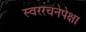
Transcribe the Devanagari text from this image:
स्वररचनेपेक्षा